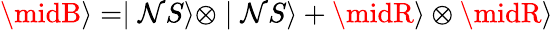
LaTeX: \midB\rangle=\mid\mathcal{N}S\rangle\otimes\mid\mathcal{N}S\rangle+\midR\rangle\otimes\midR\rangle